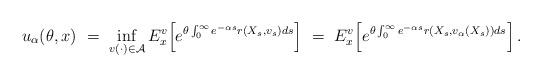
LaTeX: \begin{align*}u_{\alpha}(\theta, x) \ = \ \inf_{v(\cdot) \in {\mathcal A}} E^v_x \Big[ e^{\theta \int^{\infty}_0 e^{- \alpha s}r(X_s, v_s) ds } \Big]\ = \ E^v_x \Big[ e^{\theta \int^{\infty}_0 e^{- \alpha s}r(X_s, v_{\alpha}(X_s)) ds} \Big] \, .\end{align*}